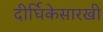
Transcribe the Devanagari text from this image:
दीर्घिकेसारखी